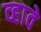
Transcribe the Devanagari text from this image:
व्‍हावे